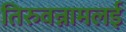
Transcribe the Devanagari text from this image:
तिरुवन्नामलई